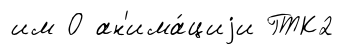
им О ан'има́циjи ГТК2